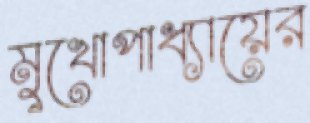
মুখোপাধ্যায়ের